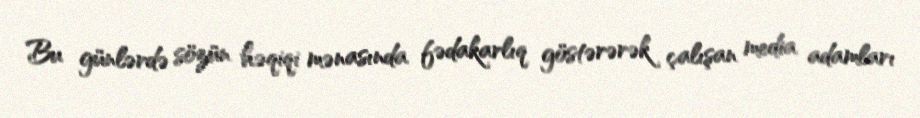
Bu günlərdə sözün həqiqi mənasında fədakarlıq göstərərək çalışan media adamları